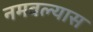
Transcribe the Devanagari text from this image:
नमवल्यास